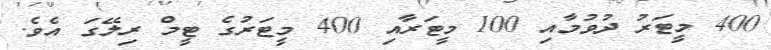
400 މީޓަރު ދުވުމާއި 100 މީޓަރާއި 400 މީޓަރުގެ ޓީމް ރިލޭގަ އެވެ.